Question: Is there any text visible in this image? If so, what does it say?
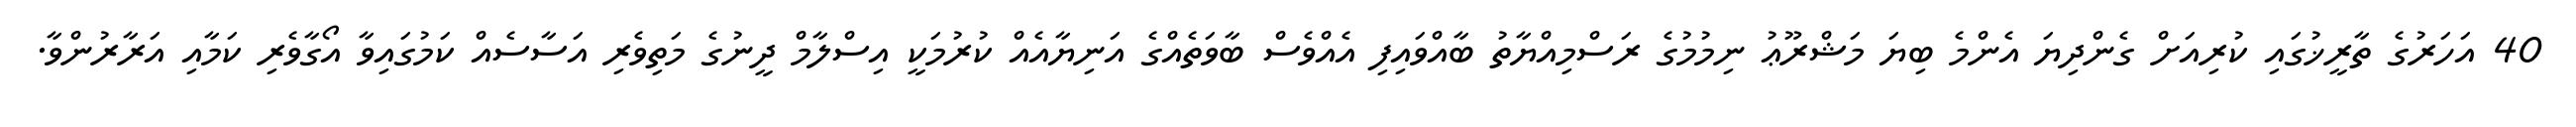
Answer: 40 އަހަރުގެ ތާރީޚުގައި ކުރިއަށް ގެންދިޔަ އެންމެ ބިޔަ މަޝްރޫޢު ނިމުމުގެ ރަސްމިއްޔާތު ބާއްވައިފި އެއްވެސް ބާވަތެއްގެ އަނިޔާއެއް ކުރުމަކީ އިސްލާމް ދީނުގެ މަތިވެރި އަސާސެއް ކަމުގައިވާ އޯގާވެރި ކަމާއި އަރާރުންވާ.